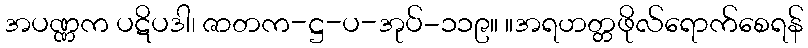
အပဏ္ဏက ပဋိပဒါ၊ ဇာတက-ဋ္ဌ-ပ-အုပ်-၁၁၉။ ။အရဟတ္တဖိုလ်ရောက်စေရန်